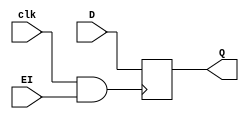
`timescale 1ns/1ps
module register8(input clk, input [7:0] D, input EI, output reg [7:0] Q);
wire CLK;
assign CLK=(clk & EI);
always @(posedge CLK)
begin
    Q <= D;
end
endmodule